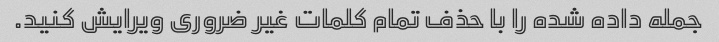
جمله داده شده را با حذف تمام کلمات غیر ضروری ویرایش کنید.